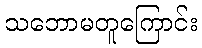
သဘောမတူကြောင်း